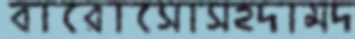
বারোসোসহদামদ